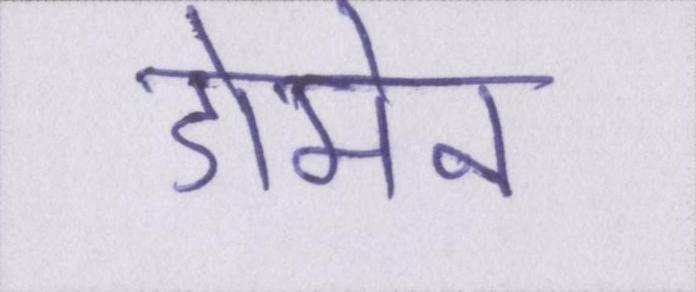
डोमेन